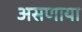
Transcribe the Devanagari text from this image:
असणाया